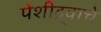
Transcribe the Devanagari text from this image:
पेशीद्र्वाचे